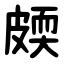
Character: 㿵